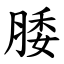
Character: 腇